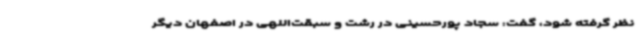
نظر گرفته شود، گفت: سجاد پورحسینی در رشت و سبقت‌اللهی در اصفهان دیگر